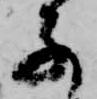
子